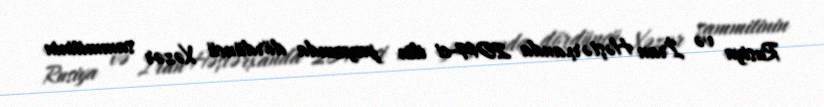
Rusiya və İran Həştərxanda 2014-ci ilin payızında dördüncü Xəzər sammitinin